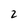
Character: 2